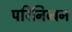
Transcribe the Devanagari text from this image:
परिनिब्बन